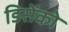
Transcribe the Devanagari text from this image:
डिसेंको